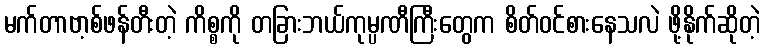
မက်တာဗာ့စ်ဖန်တီးတဲ့ ကိစ္စကို တခြားဘယ်ကုမ္ပဏီကြီးတွေက စိတ်ဝင်စားနေသလဲ ဖို့နိုက်ဆိုတဲ့